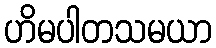
ဟိမပါတသမယာ